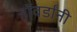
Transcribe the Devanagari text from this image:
हॉवर्डांनी